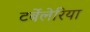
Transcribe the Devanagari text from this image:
टर्बेलेरिया